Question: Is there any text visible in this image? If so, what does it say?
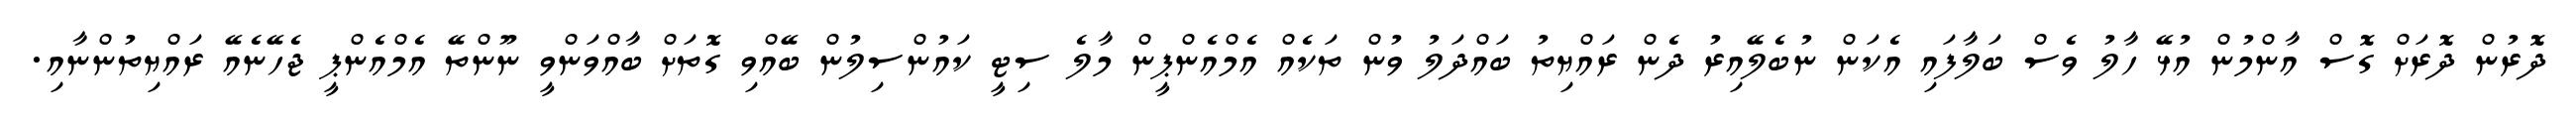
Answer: ދޮރުން ދޮރަށް ގޮސް އާންމުން އުޅޭ ހާލު ވެސް ބަލާފައި އެކަން ނުބެލޭއިރު ދެން ރައްޔިތު ބައްދަލު ވުން ތަކެއް އެމްއެންޕީން މާލެ ސިޓީ ކައުންސިލުން ބޭއްވި ގޮތަށް ބާއްވަންވީ ނޫންތޭ އެމްއެންޕީ ޖެހޭނެއޭ ރައްޔިތުންނާއި.